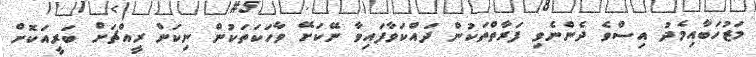
މަޒުހަބާއިމެދު އިސްވެ ދެންނެވި ފަރާތްތަކުން ދައްކަވާފައިވާ ނޭކަށޭ ވާހަކަތަކުން ނިކަން ރީއްޗަށް ބަރީއަކޮށް